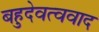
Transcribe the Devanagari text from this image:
बहुदेवत्ववाद